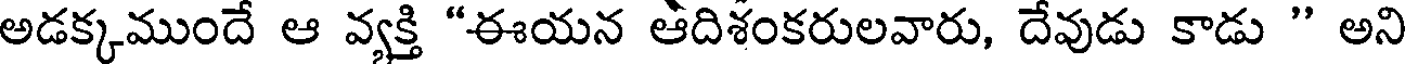
అడక్కముందే ఆ వ్యక్తి "ఈయన ఆదిశంకరులవారు, దేవుడు కాడు " అని